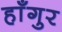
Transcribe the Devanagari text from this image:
हाँगुर